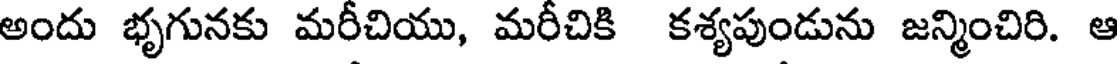
అందు భృగునకు మరీచియు, మరీచికి కశ్యపుండును జన్మించిరి. ఆ